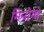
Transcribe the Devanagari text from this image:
मिनोग्वे